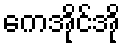
ကေအိုင်အို